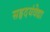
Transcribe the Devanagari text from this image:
सहृदयंवेद्या